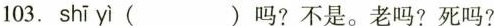
103. shī yì ( )吗?不是。老吗?死吗?